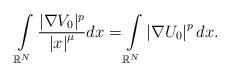
LaTeX: \begin{align*}\int\limits_{\mathbb{R}^{N}}\frac{|\nabla V_{0}|^{p}}{\left\vert x\right\vert ^{\mu}}dx=\int\limits_{\mathbb{R}^{N}}\left\vert \nabla U_{0}\right\vert ^{p}dx.\end{align*}